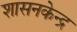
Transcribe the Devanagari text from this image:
शासनकेन्द्र